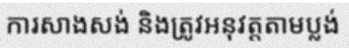
ការសាងសង់ និងត្រូវអនុវត្តតាមប្លង់